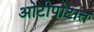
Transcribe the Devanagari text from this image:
ओटीपोटात